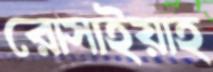
রোসাইয়াহ